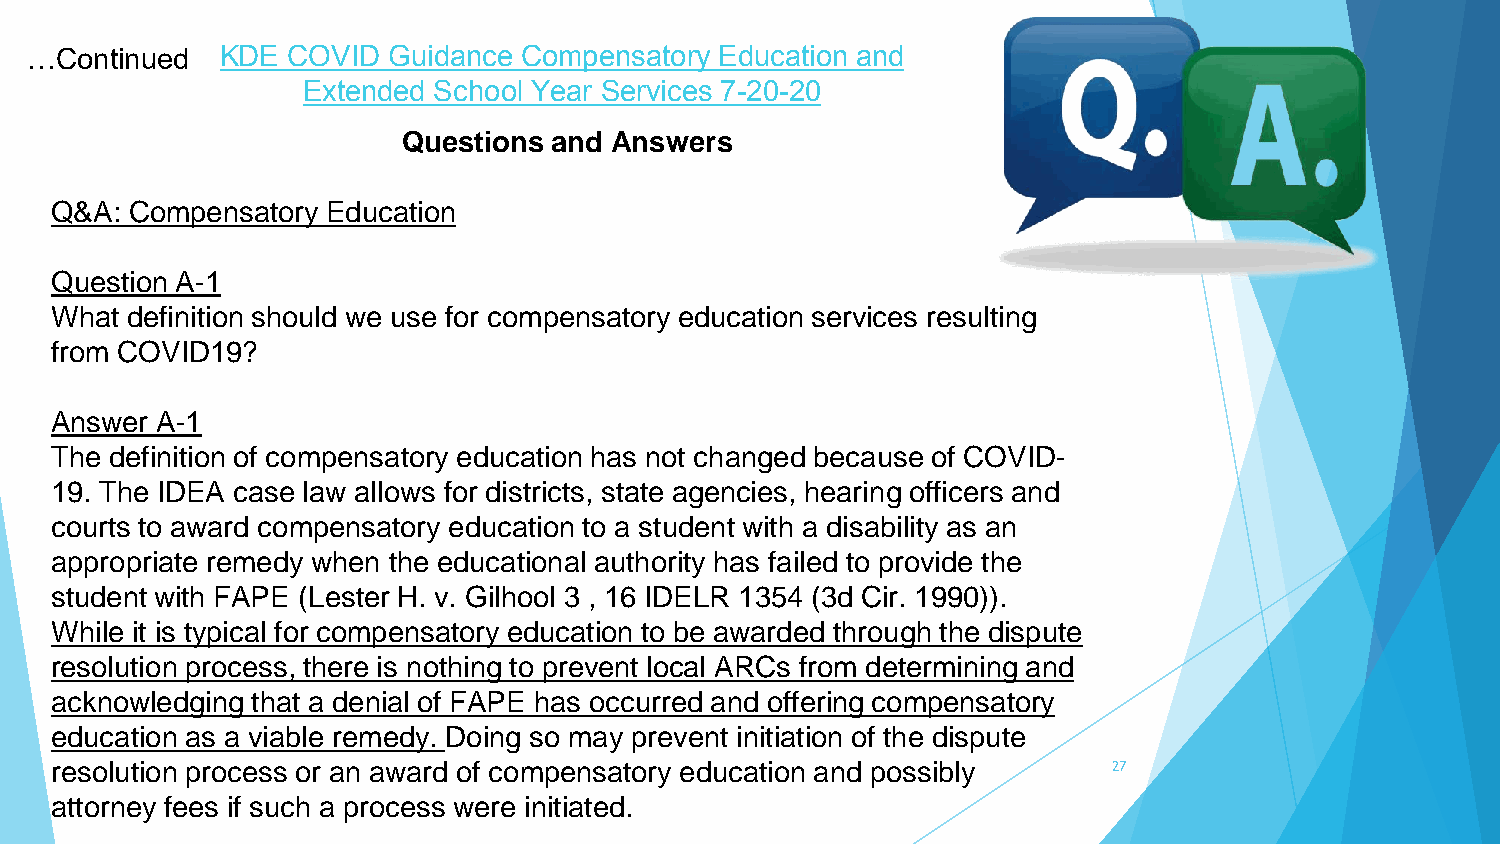
…Continued   KDE COVID  Guidance Compensatory Education and
 Extended School Year Services 7-20-20
 Questions and Answers
 Q&A:  Compensatory Education
 Question A-1
 What definition should we use for compensatory education services resulting
 from COVID19?
 Answer A-1
 The definition of compensatory education has not changed because of COVID-
 19. The IDEA case law allows for districts, state agencies, hearing officers and
 courts to award compensatory education to a student with a disability as an
 appropriate remedy when the educational authority has failed to provide the
 student with FAPE (Lester H. v. Gilhool 3 , 16 IDELR 1354 (3d Cir. 1990)).
 While it is typical for compensatory education to be awarded through the dispute
 resolution process, there is nothing to prevent local ARCs from determining and
 acknowledging that a denial of FAPE has occurred and offering compensatory
 education as a viable remedy. Doing so may prevent initiation of the dispute
 resolution process or an award of compensatory education and possibly  27
 attorney fees if such a process were initiated.